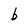
Character: b